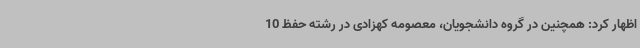
اظهار کرد:‌ همچنین در گروه دانشجویان، معصومه کهزادی در رشته حفظ 10